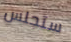
ستجلس